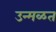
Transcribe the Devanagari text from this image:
उन्मळत